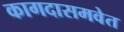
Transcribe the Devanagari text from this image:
कागदासमवेत